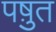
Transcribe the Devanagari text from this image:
पष़ुत